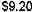
$9.20